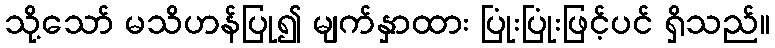
သို့သော် မသိဟန်ပြု၍ မျက်နှာထား ပြုံးပြုံးဖြင့်ပင် ရှိသည်။